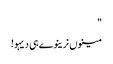
"
مینوں نرینوے ہی دیہو!